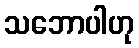
သဘောပါဟု